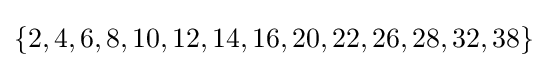
\{2,4,6,8,10,12,14,16,20,22,26,28,32,38\}